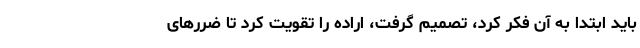
باید ابتدا به آن فکر کرد، تصمیم گرفت، اراده را تقویت کرد تا ضررهای